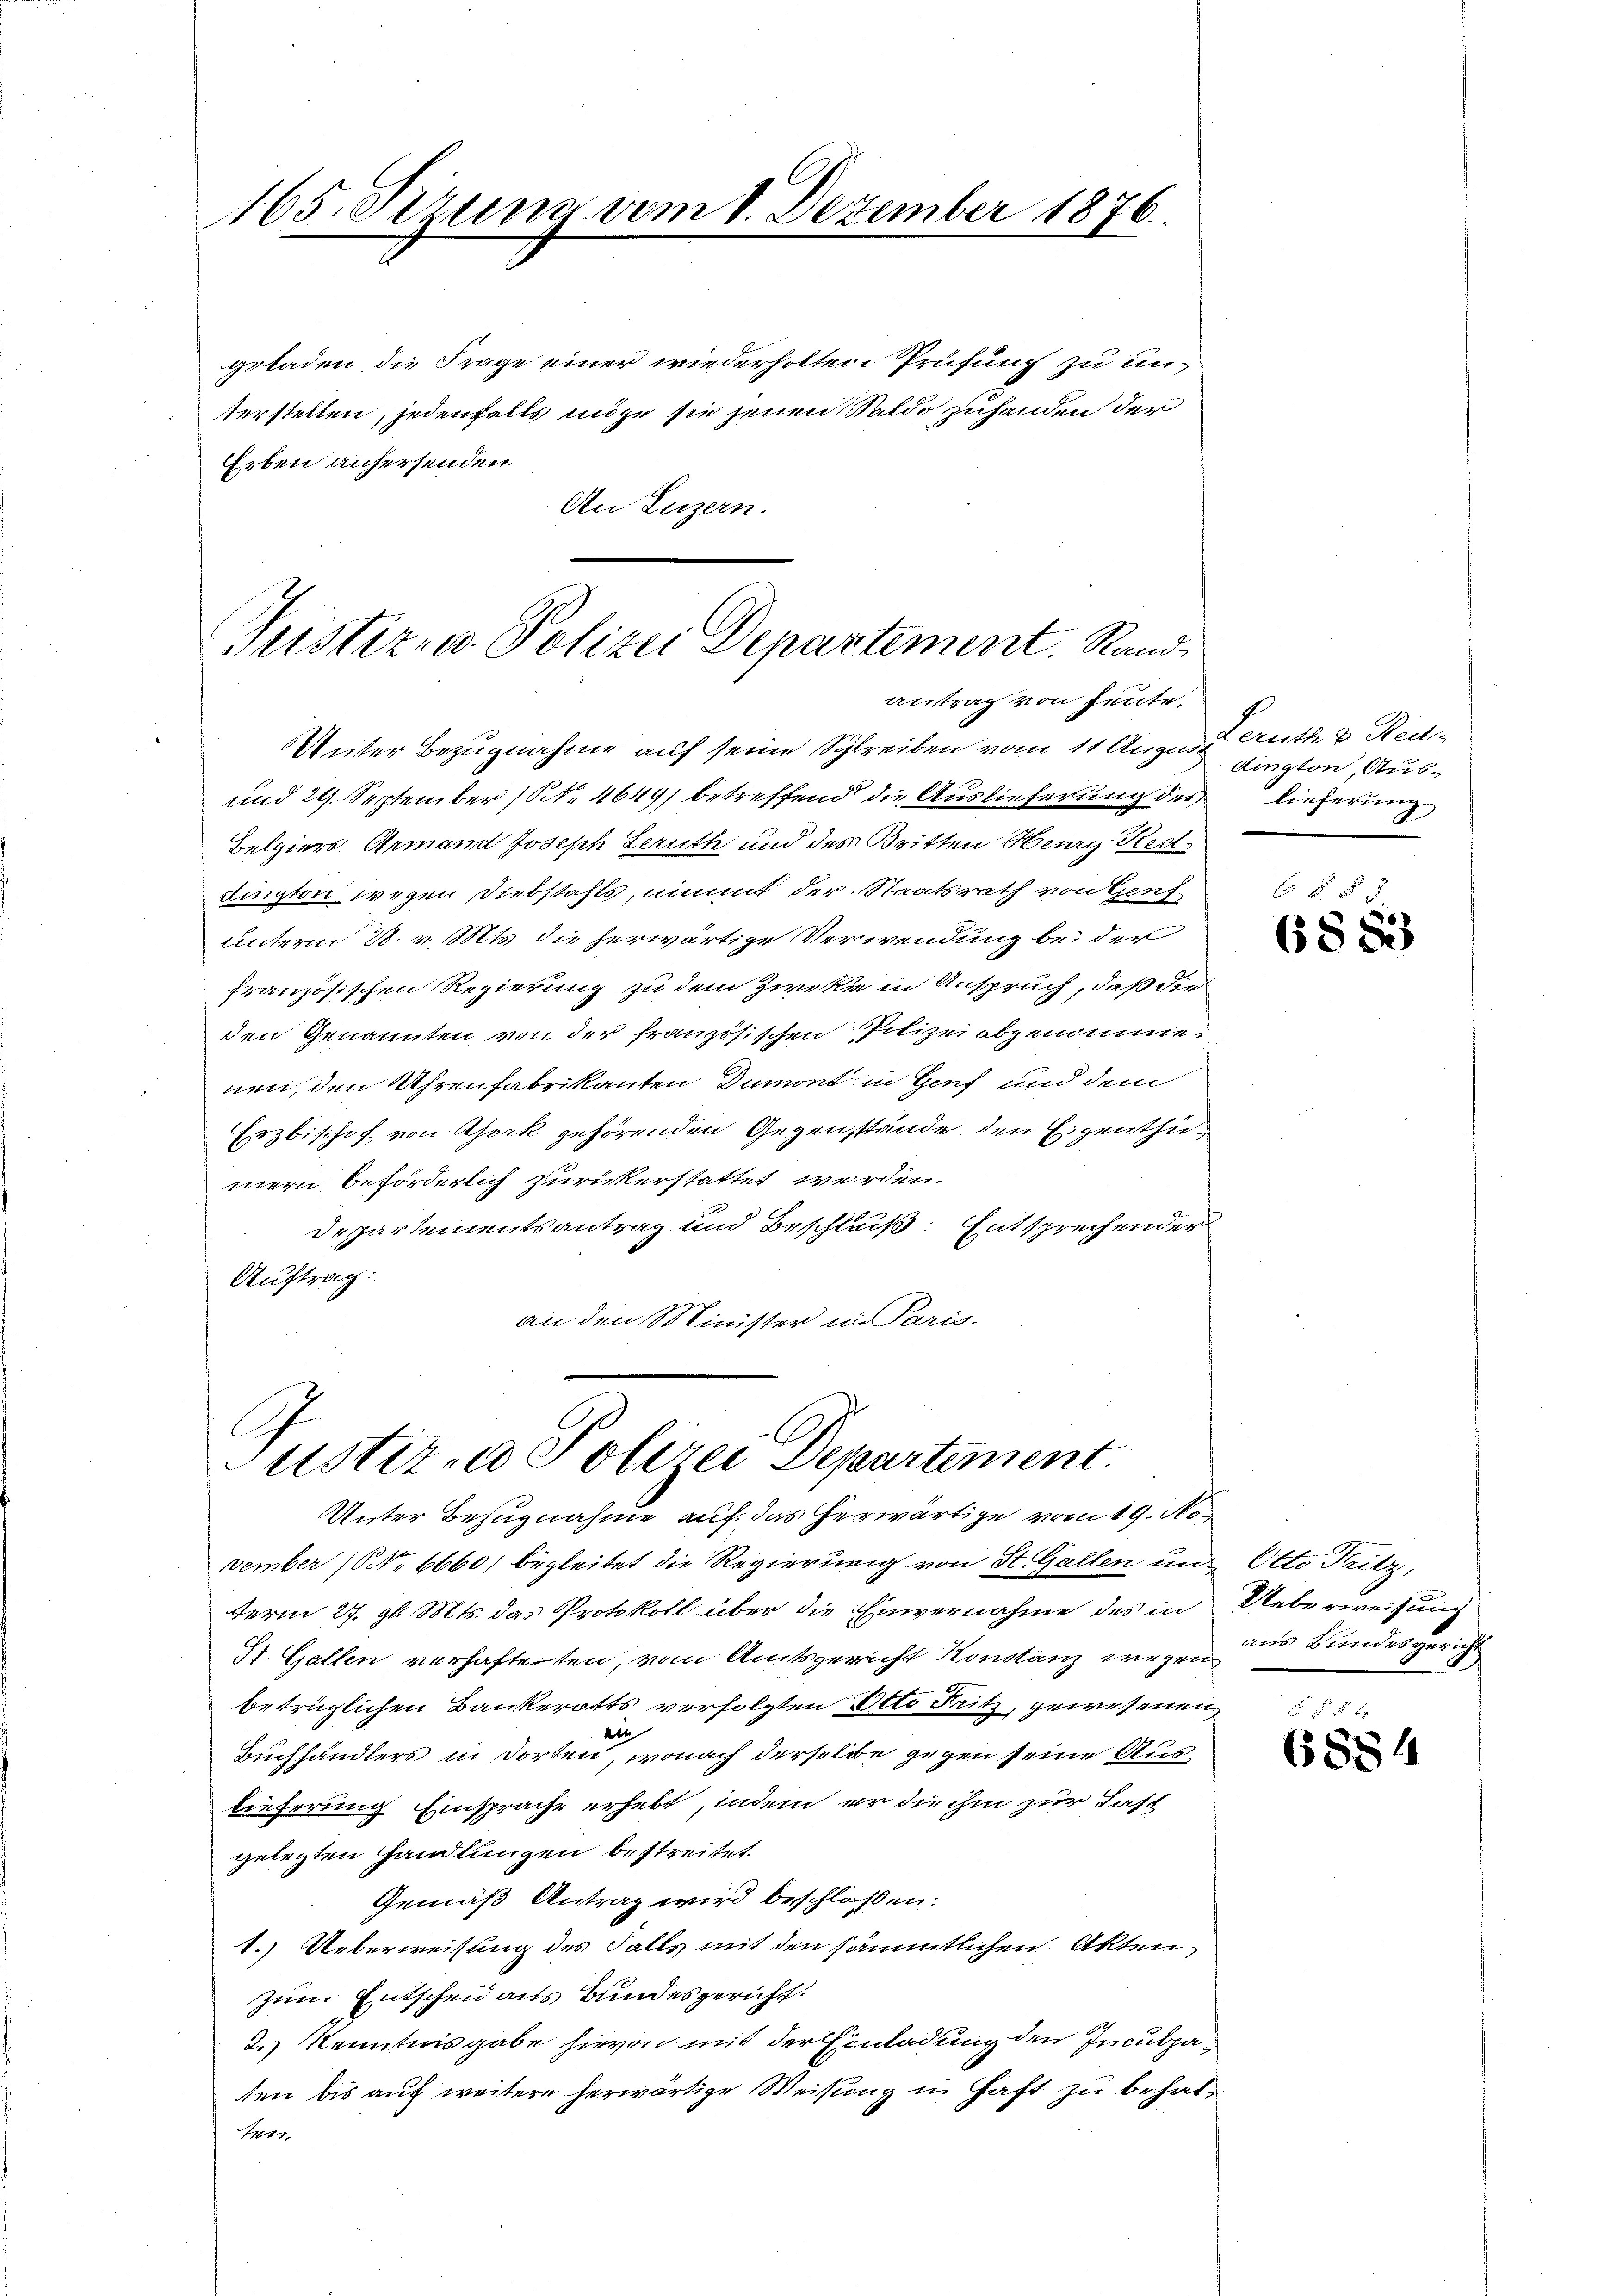
165. Sizung vom 8. Dezember 1876.

geladen, die Frage einer wiederholten Prüfung zu unterstellen, jedenfalls möge sie jenen Saldo zuhanden der
Erben anhersenden.
An Luzern.

Justiz- u. Polizei Departement. Randantrag von heute.

Justiz - Polizei Departement.
Unter Bezugnahme auf das herwärtige vom 19. No.

Unter Bezugnahme auf seine Schreiben vom 11. August auth & Rei¬
und 29. September (S. 4649) betreffend die Auslieferung des lieferung
Belgiers Armand Joseph Leruth und des Britten Henry Ked-
dington wegen Diebstahls, nimmt der Staatsrath von Genf
unterm 28. v. Mts. die herwärtige Verwendung bei der
französischen Regierung zu dem Zweka in Anspruch, daß die
den Genannten von der französischen Polizeiobgenommenen, den Uhrenfabrikanten Dumont in Genf und dem
Erzbischof von Gork gehörenden Gegenstände, den Eigenthumern beförderlich zurückerstattet werden.
Departementsantrag und Beschluß: Entsprechender
Auftrag:
an den Minister im Paris.

dington, Aus¬

vember (N. 6660) begleitet die Regierung von St. Gallen und Otto Fritz,
term 27. gl. Mts. das Protokoll über die Einvernahme des in Ueberweisung
St. Gallen verhafteten, vom Amtsgericht Konstanz wegen aus Bundesgericht
betrüglichen Bankerotts verfolgten Otto Fritz, gewesenen
Alt
Buchhändlers in dorten, wonach derselbe gegen seine Auslieferung Einsprache erhebt, indem er die ihm zur Last
gelegten Handlungen bestreitet.
Gemäß Antrag wird beschloßen:
1.) Ueberweisung des Falls mit den sämmtlichen Akten
zum Entscheid aus Bundesgericht.
2.) Kenntnisgabe hievon mit der Einladung den Inculpaten bis auf weitere herwärtige Weisung in Haft zu behaltet

§ § 5
6885

(884